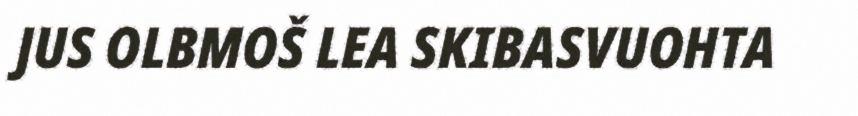
JUS OLBMOŠ LEA SKIBASVUOHTA